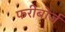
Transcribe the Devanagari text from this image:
फरीबोर्ज